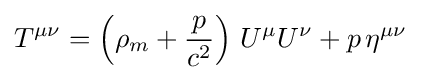
T^{\mu \nu }=\left(\rho _{m}+{\frac {p}{c^{2}}}\right)\,U^{\mu }U^{\nu }+p\,\eta ^{\mu \nu }